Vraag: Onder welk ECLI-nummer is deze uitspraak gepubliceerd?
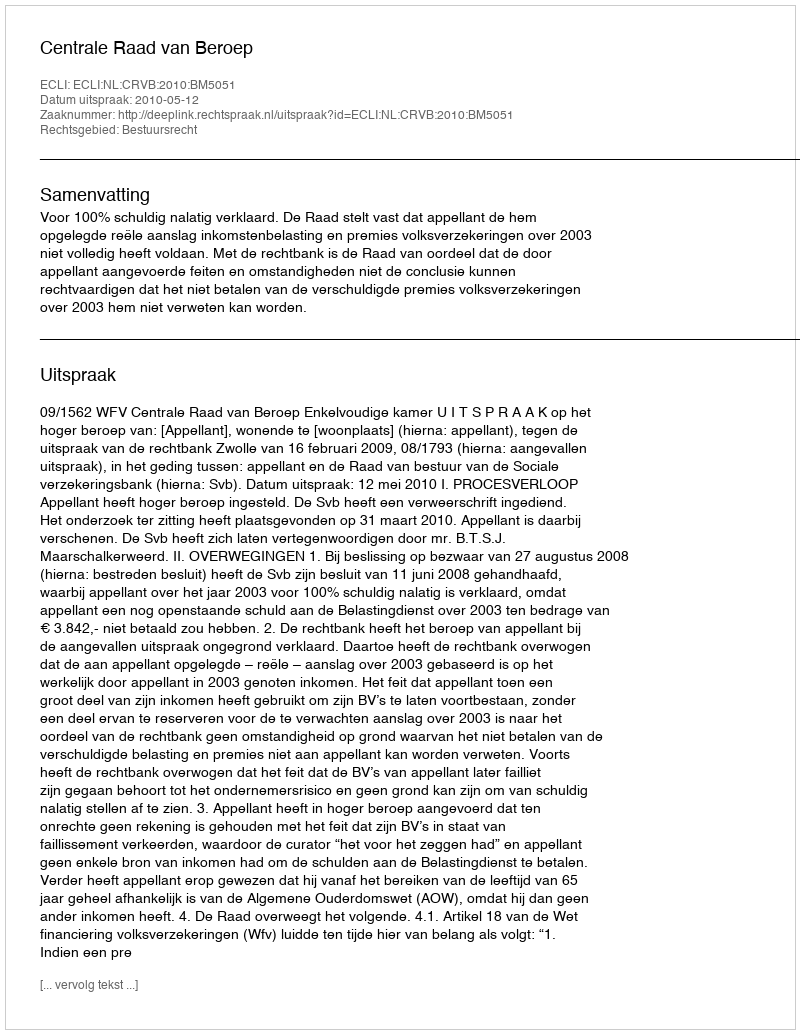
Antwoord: ECLI:NL:CRVB:2010:BM5051